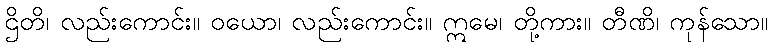
ဌိတိ၊ လည်းကောင်း။ ဝယော၊ လည်းကောင်း။ ဣမေ၊ တို့ကား။ တီဏိ၊ ကုန်သော။